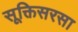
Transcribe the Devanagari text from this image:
सूक्तिसरसा